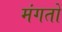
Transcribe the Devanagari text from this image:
मंगतों